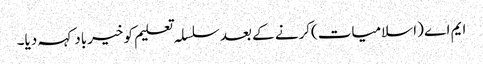
ایم اے (اسلامیات)کرنے کے بعد سلسلہ تعلیم کو خیرباد کہہ دیا۔